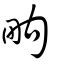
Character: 㽛